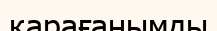
қарағанымды